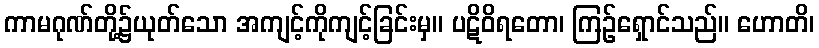
ကာမဂုဏ်တို့၌ယုတ်သော အကျင့်ကိုကျင့်ခြင်းမှ။ ပဋိဝိရတော၊ ကြဉ်ရှောင်သည်။ ဟောတိ၊